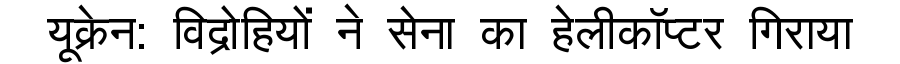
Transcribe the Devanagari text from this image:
यूक्रेन: विद्रोहियों ने सेना का हेलीकॉप्टर गिराया